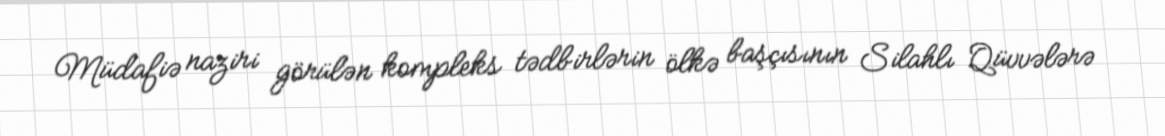
Müdafiə naziri görülən kompleks tədbirlərin ölkə başçısının Silahlı Qüvvələrə